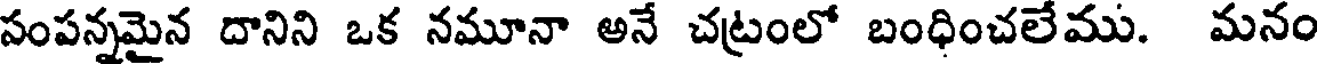
సంపన్నమైన దానిని ఒక నమూనా అనే చట్రంలో బంధించలేము. మనం